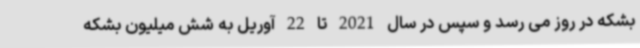
بشکه در روز می رسد و سپس در سال 2021 تا 22 آوریل به شش میلیون بشکه